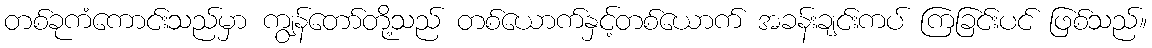
တစ်ခုကံကောင်းသည်မှာ ကျွန်တော်တို့သည် တစ်ယောက်နှင့်တစ်ယောက် အခန်းချင်းကပ် ကြခြင်းပင် ဖြစ်သည်။